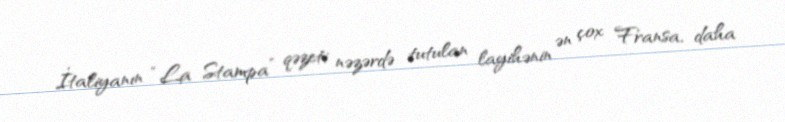
İtaliyanın “La Stampa” qəzeti nəzərdə tutulan layihənin ən çox Fransa, daha